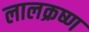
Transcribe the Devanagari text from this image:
लालक्रष्ण